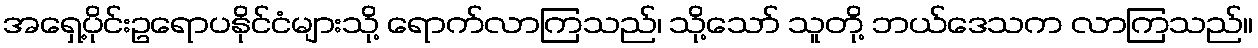
အရှေ့ပိုင်းဥရောပနိုင်ငံများသို့ ရောက်လာကြသည်၊ သို့သော် သူတို့ ဘယ်ဒေသက လာကြသည်။